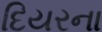
દિયરના